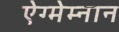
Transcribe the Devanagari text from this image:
ऐग्मेम्नान